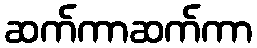
ဆက်ကာဆက်ကာ